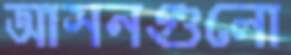
আসনগুলো